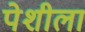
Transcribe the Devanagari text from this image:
पेशीला